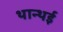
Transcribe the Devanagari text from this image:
थान्थई